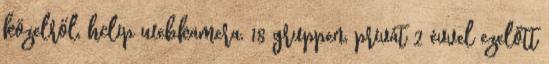
közelről, hclip webkamera, 18 gruppen, privát 2 évvel ezelőtt